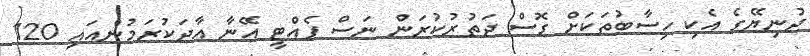
ދުނިޔޭގެ އެކި ހިސާބުތަކަށް ގޮސް ދަތުރުކުރަން ނަސް ފެއްޓީ އޭނާ އާދަކުރަމުންއައި 120